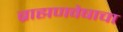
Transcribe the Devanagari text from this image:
ब्राह्मणवेषाचा